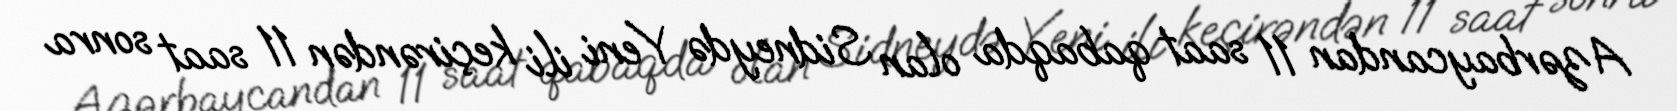
Azərbaycandan 11 saat qabaqda olan Sidneydə Yeni ili keçirəndən 11 saat sonra